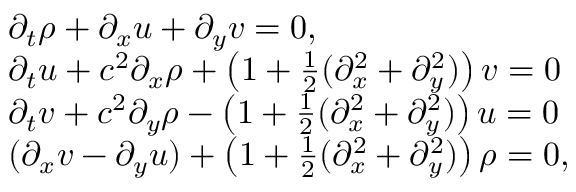
\begin{array} { r l } & { \partial _ { t } \rho + \partial _ { x } u + \partial _ { y } v = 0 , } \\ & { \partial _ { t } u + c ^ { 2 } \partial _ { x } \rho + \left( 1 + \frac { 1 } { 2 } ( \partial _ { x } ^ { 2 } + \partial _ { y } ^ { 2 } ) \right) v = 0 } \\ & { \partial _ { t } v + c ^ { 2 } \partial _ { y } \rho - \left( 1 + \frac { 1 } { 2 } ( \partial _ { x } ^ { 2 } + \partial _ { y } ^ { 2 } ) \right) u = 0 } \\ & { ( \partial _ { x } v - \partial _ { y } u ) + \left( 1 + \frac { 1 } { 2 } ( \partial _ { x } ^ { 2 } + \partial _ { y } ^ { 2 } ) \right) \rho = 0 , } \end{array}